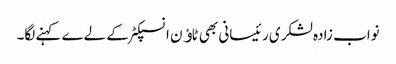
نواب زادہ لشکری رئیسانی بھی ٹاﺅن انسپکٹر کے لےے کہنے لگا۔